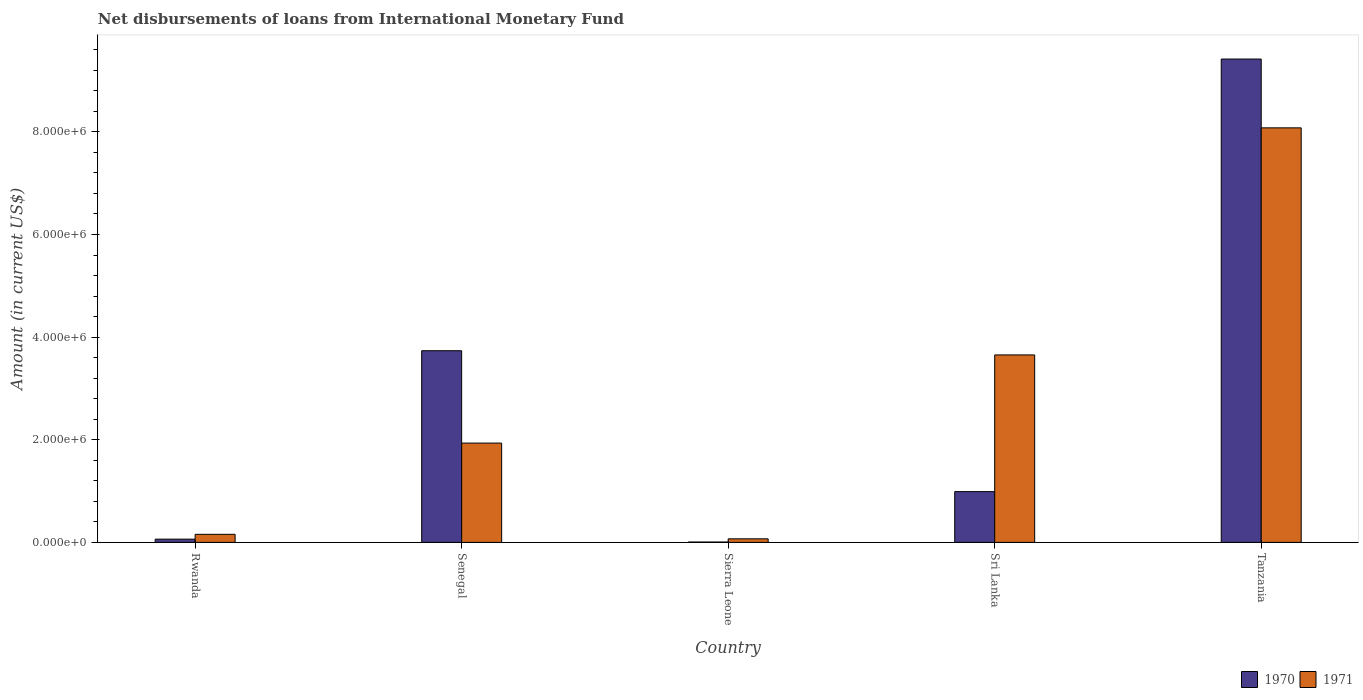
| Country | 1970 | 1971 |
 | --- | --- | --- |
 | Rwanda | 6.3e+04 | 1.57e+05 |
 | Senegal | 3.74e+06 | 1.94e+06 |
 | Sierra Leone | 7e+03 | 6.9e+04 |
 | Sri Lanka | 9.89e+05 | 3.65e+06 |
 | Tanzania | 9.42e+06 | 8.08e+06 |